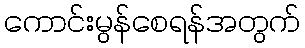
ကောင်းမွန်စေရန်အတွက်